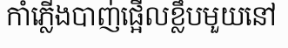
កាំភ្លើងបាញ់ផ្អើលខ្លឹបមួយនៅ